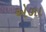
એળા